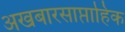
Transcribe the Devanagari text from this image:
अखबारसाप्ताहिक